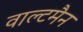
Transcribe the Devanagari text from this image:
वाल्टमैन